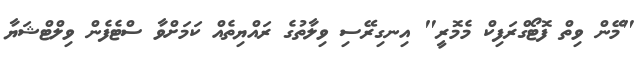
"މޭން ވިތް ފޮޓޯގްރަފިކް މެމޮރީ" އިނގިރޭސި ވިލާތުގެ ރައްޔިތެއް ކަމަށްވާ ސްޓެފެން ވިލްޓްޝަޔާ